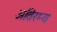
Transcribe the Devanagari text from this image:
अतिरम्य